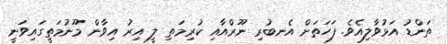
ތަންޑު އަޅުވާލިއެވެ. ފަހަތަށް އެނބުރި ނޫރްއާއި ކުރިމަތި ލީ އިރު އިވާން މޫނުމަތީގައިވަނީ